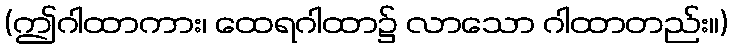
(ဤဂါထာကား၊ ထေရဂါထာ၌ လာသော ဂါထာတည်း။)